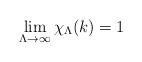
LaTeX: \begin{align*}\lim_{\Lambda\rightarrow \infty} \chi_\Lambda(k)=1\end{align*}